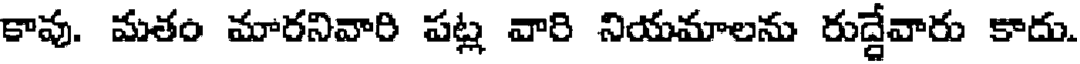
కావు. మతం మారనివారి పట్ల వారి నియమాలను రుద్దేవారు కాదు.